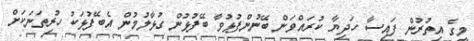
މީގެ އިތުރުން ފައިސާ ހަދިޔާ ކުރައްވަން ބޭނުންފުޅުވާ ބޭފުޅުން ގުޅާލުމުން އެބޭފުޅަކު ހުރިތަނަކަށް